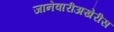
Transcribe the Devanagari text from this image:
जानेवारीअखेरीस